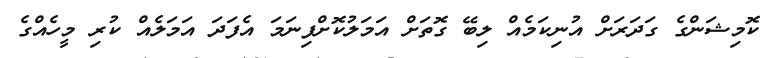
ކޮމިޝަންގެ ގަދަރަށް އުނިކަމެއް ލިބޭ ގޮތަށް އަމަލުކޮށްފިނަމަ އެފަދަ އަމަލެއް ކުރި މީހެއްގެ